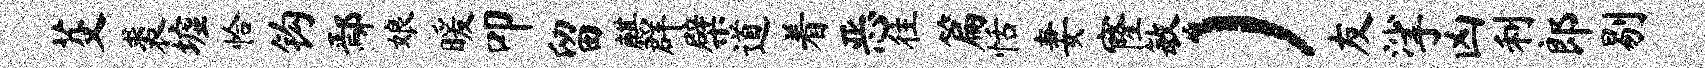
芟裘墟恰钩鄢娘暖叩留麒群檗道着恶往篇恬妻窿敏）友挲凶利郎剔